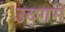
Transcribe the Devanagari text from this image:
उद्‌गम